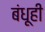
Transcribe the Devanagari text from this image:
बंधूही